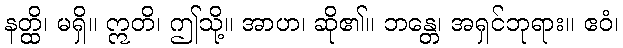
နတ္ထိ၊ မရှိ။ ဣတိ၊ ဤသို့။ အာဟ၊ ဆို၏။ ဘန္တေ၊ အရှင်ဘုရား။ ဧဝံ၊